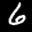
Label: 6